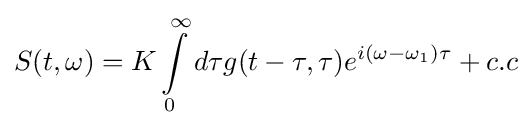
S(t,\omega )=K\int \limits _{0}^{\infty }d\tau g(t-\tau ,\tau )e^{i(\omega -\omega _{1})\tau }+c.c